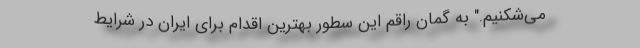
می‌شکنیم." به گمان راقم این سطور بهترین اقدام برای ایران در شرایط